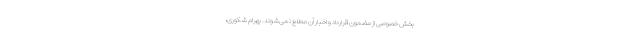
بخش خصوصی از مضمون قرارداد و اخبار آن مطلع نمی‌شوند. بهرام شکوری،